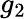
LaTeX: g_{2}